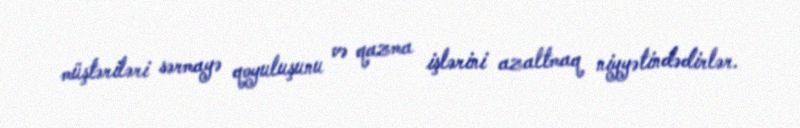
müştəriləri sərmayə qoyuluşunu və qazma işlərini azaltmaq niyyətindədirlər.